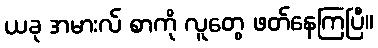
ယခု အမားလ် စာကို လူတွေ ဖတ်နေကြပြီ။